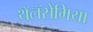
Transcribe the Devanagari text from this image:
थॅलॅसेमिया